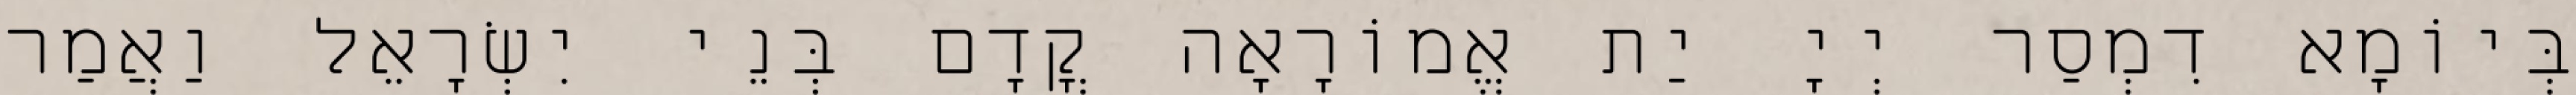
בְּיוֹמָא דִמְסַר יְיָ יַת אֱמוֹרָאָה קֳדָם בְּנֵי יִשְׂרָאֵל וַאֲמַר